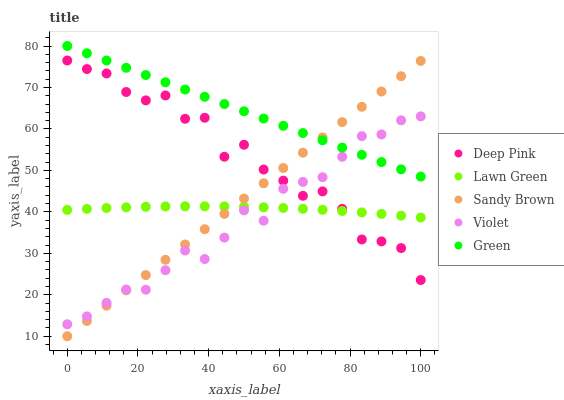
| xaxis_label | Deep Pink | Lawn Green | Sandy Brown | Violet | Green |
 | --- | --- | --- | --- | --- | --- |
 | 0 | 76.5 | 40.5 | 10 | 12.9 | 80 |
 | 5.56 | 74.4 | 40.7 | 13.7 | 14.8 | 78.3 |
 | 11.1 | 73.4 | 40.9 | 17.4 | 18.1 | 76.5 |
 | 16.7 | 68.9 | 41.1 | 21.1 | 21.3 | 74.8 |
 | 22.2 | 66.9 | 41.2 | 24.8 | 21.2 | 73 |
 | 27.8 | 68.1 | 41.3 | 28.4 | 25.9 | 71.3 |
 | 33.3 | 62.4 | 41.4 | 32.1 | 30.7 | 69.5 |
 | 38.9 | 62.7 | 41.4 | 35.8 | 28.6 | 67.8 |
 | 44.4 | 53.3 | 41.3 | 39.5 | 33.8 | 66 |
 | 50 | 56.2 | 41.2 | 43.2 | 40.4 | 64.3 |
 | 55.6 | 50.2 | 41.1 | 46.9 | 37.9 | 62.5 |
 | 61.1 | 47.5 | 40.9 | 50.6 | 45.6 | 60.8 |
 | 66.7 | 43.9 | 40.7 | 54.3 | 47.2 | 59 |
 | 72.2 | 44.9 | 40.5 | 58 | 48.4 | 57.3 |
 | 77.8 | 40.7 | 40.2 | 61.6 | 53.3 | 55.5 |
 | 83.3 | 33.3 | 39.9 | 65.3 | 58.3 | 53.8 |
 | 88.9 | 32.9 | 39.5 | 69 | 58.7 | 52 |
 | 94.4 | 31.3 | 39.1 | 72.7 | 62.1 | 50.3 |
 | 100 | 23.6 | 38.6 | 76.4 | 63 | 48.5 |